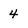
Character: 4